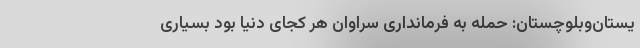
یستان‌وبلوچستان: حمله به فرمانداری سراوان هر کجای دنیا بود بسیاری